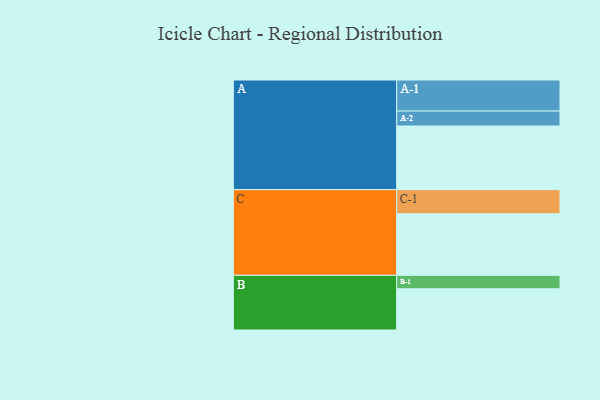
{"axis": {"x": "Segment", "y": "Value"}, "legend": ["", "A", "B", "C"], "data": [{"x": "A", "y": 590, "type": ""}, {"x": "B", "y": 382, "type": ""}, {"x": "C", "y": 571, "type": ""}, {"x": "A-1", "y": 288, "type": "A"}, {"x": "A-2", "y": 139, "type": "A"}, {"x": "B-1", "y": 125, "type": "B"}, {"x": "C-1", "y": 224, "type": "C"}]}